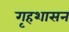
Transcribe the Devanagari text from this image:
गृहशासन